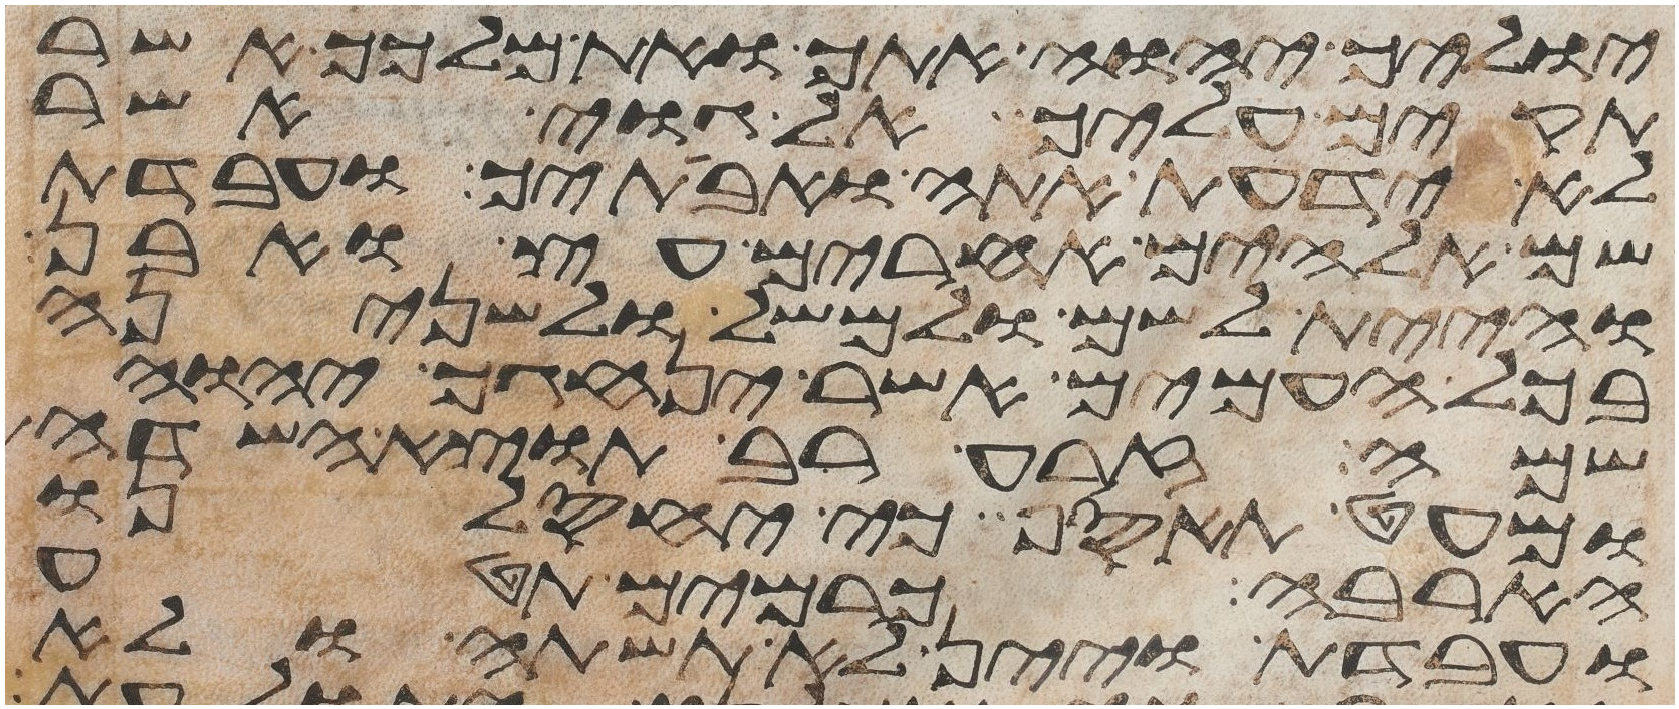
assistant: יוליך יהוה אתך ואת מלכך אשר
תקים עליך אל גוי אשר
לא ידעת אתה ואבתיך ועבדת
שם אלהים אחרים עץ ואבן
והיית לשם ולמשל ולשנינה
בכל העמים אשר ינהגך יהוה
שמה זרע רב תוצא השדה
ומעט תאסף כי יחסלנו
הארבה כרמים תטע
ועבדת ויין לא תשתה ולא